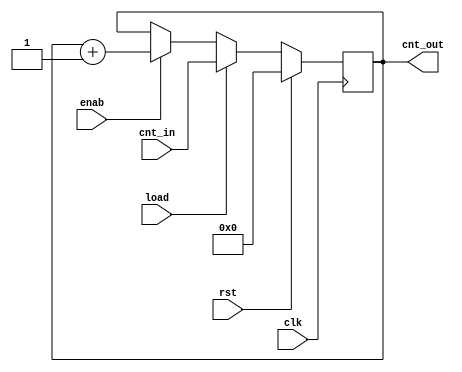
module counter #(parameter WIDTH=5) (
  input  wire             clk    ,
  input  wire             rst    ,
  input  wire             load   ,
  input  wire             enab   ,
  input  wire [WIDTH-1:0] cnt_in ,
  output reg  [WIDTH-1:0] cnt_out
);


//////////////////////////////////////////////////////////////////////////////
//TO DO: DEFINE THE COUNTER COMBINATIONAL LOGIC using FUNCTION AS INSTRUCTED//
//////////////////////////////////////////////////////////////////////////////

  function integer cnt_func
    (
      input rst,
      input load,
      input enab,
      input [WIDTH-1:0] cnt_in,
      input [WIDTH-1:0] cnt_out
    );

    if      (rst)  cnt_func = 0;
    else if (load) cnt_func = cnt_in;
    else if (enab) cnt_func = cnt_out + 1;
    else           cnt_func = cnt_out;
  endfunction

  always @(posedge clk)
    cnt_out <= cnt_func (rst, load, enab ,cnt_in, cnt_out); //function call

endmodule